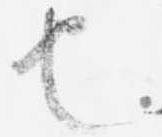
也